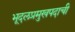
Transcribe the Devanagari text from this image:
भूदलप्रमुखपदाची